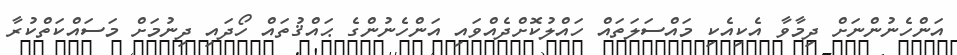
އަންހެނުންނަށް ދިމާވާ އެކިއެކި މައްސަލަތައް ހައްލުކޮށްދެއްވައި އަންހެނުންގެ ޙައްޤުތައް ހޯދައި ދިނުމަށް މަސައްކަތްކުރާ